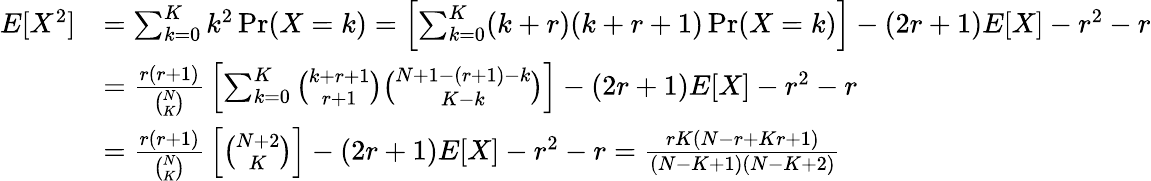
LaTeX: {\begin{array}{rl}{E[X^{2}]}&{=\sum_{k=0}^{K}k^{2}\operatorname*{Pr}(X=k)=\left[\sum_{k=0}^{K}(k+r)(k+r+1)\operatorname*{Pr}(X=k)\right]-(2r+1)E[X]-r^{2}-r}\\ &{={\frac{r(r+1)}{\binom{N}{K}}}\left[\sum_{k=0}^{K}{\binom{k+r+1}{r+1}}{\binom{N+1-(r+1)-k}{K-k}}\right]-(2r+1)E[X]-r^{2}-r}\\ &{={\frac{r(r+1)}{\binom{N}{K}}}\left[{\binom{N+2}{K}}\right]-(2r+1)E[X]-r^{2}-r={\frac{rK(N-r+Kr+1)}{(N-K+1)(N-K+2)}}}\end{array}}